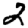
Digit: 2